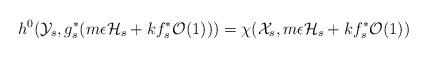
LaTeX: \begin{align*}h^0(\mathcal{Y}_s,g_s^*(m\epsilon \mathcal{H}_s+kf_s^*\mathcal{O}(1)))=\chi(\mathcal{X}_s,m\epsilon \mathcal{H}_s+kf_s^*\mathcal{O}(1))\end{align*}